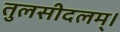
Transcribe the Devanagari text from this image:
तुलसीदलम्।